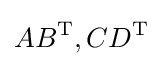
AB^{\text{T}},CD^{\text{T}}